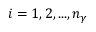
i = 1 , 2 , . . . , n _ { \gamma }